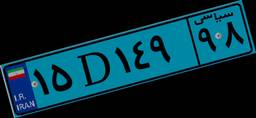
۷۹D۲۰۷۲۷